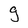
Character: g